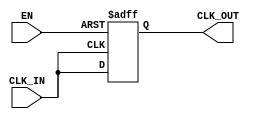
module basic_clock_buffer (
    input wire CLK_IN,      // Input clock signal
    input wire EN,         // Enable signal
    output reg CLK_OUT      // Buffered clock output
);

// Parameter for defining the output state when disabled
parameter LOW_STATE = 1'b0;

// Always block to handle clock buffering
always @(posedge CLK_IN or negedge EN) begin
    if (!EN) begin
        // When EN is low, hold the output in a defined state
        CLK_OUT <= LOW_STATE;
    end else begin
        // When EN is high, pass the input clock to the output
        CLK_OUT <= CLK_IN;
    end
end

endmodule